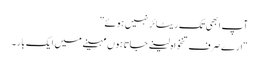
آپ ابھی تک ریٹائر نہیں ہوئے”
“ارے صرف تنخواہ لینے جاتا ہوں مہینے میں ایک بار ۔